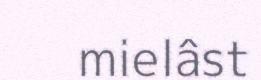
mielâst